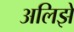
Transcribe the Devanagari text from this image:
अलिझे